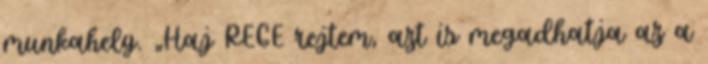
munkahely. „Haj REGE rejtem, azt is megadhatja az a